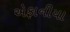
એફાનીયા